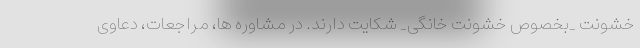
خشونت _بخصوص خشونت خانگی_ شکایت دارند. در مشاوره ها، مراجعات، دعاوی